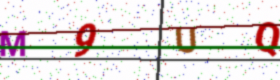
Text: M9UQ